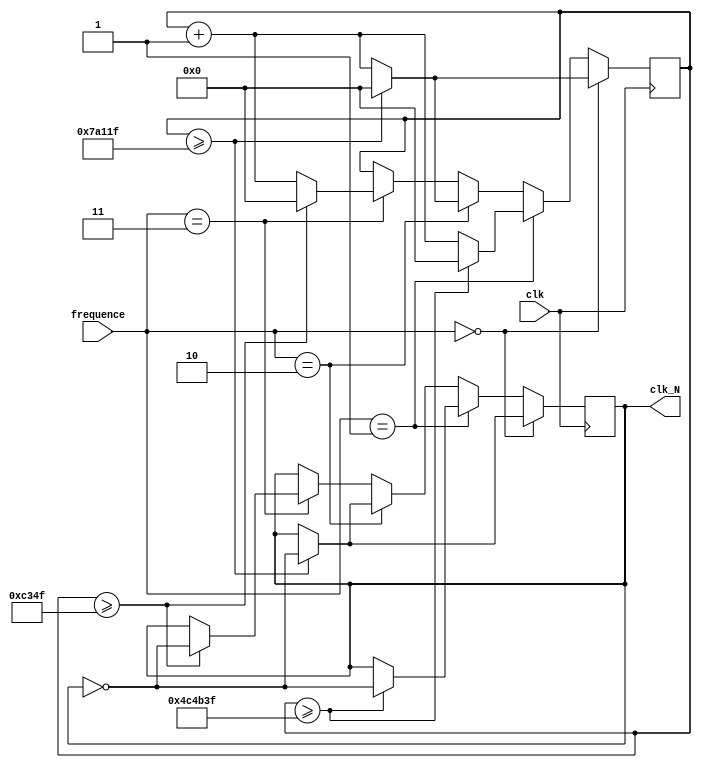
`timescale 1ns / 1ps
//////////////////////////////////////////////////////////////////////////////////
// Company: 
// Engineer: 
// 
// Design Name: 
// Module Name: Clkn
// Project Name: 
// Target Devices: 
// Tool Versions: 
// Description: 
// 
// Dependencies: 
// 
// Revision:
// Revision 0.01 - File Created
// Additional Comments:
// 
//////////////////////////////////////////////////////////////////////////////////


//////////////////////////////////////////////////////////////////////////////////
// Company: 
// Engineer: 
// 
// Design Name: 
// Module Name: divider
// Project Name: 
// Target Devices: 
// Tool Versions: 
// Description: 
// 
// Dependencies: 
// 
// Revision:
// Revision 0.01 - File Created
// Additional Comments:
// 
//////////////////////////////////////////////////////////////////////////////////


module Clkn(clk,frequence ,clk_N);
input clk;                      // 
input [1:0]frequence;
output reg clk_N;                   // 
//parameter A = 4;      // 1Hz,N=fclk/fclk_N
parameter A = 1_000_000;      // 1Hz,N=fclk/fclk_N
parameter B = 10_000_000;
parameter C = 1_000_000;
parameter D = 100_000;
reg [31:0] counter;             /* 
                                   0(N/2-1)
                                    */
initial begin
    clk_N = 0;
    counter = 0;
end
always @(posedge clk)  begin    // 
    if(frequence==0)
    begin
        if(counter >=  A/2 -1 )                       // 
        begin
            clk_N = ~clk_N;
            counter = 0;
        end
        else 
           counter = counter + 1;  
     end
     else if(frequence==1)
     begin
        if(counter >=  B/2 -1 )                       // 
             begin
                 clk_N = ~clk_N;
                 counter = 0;
             end
             else 
                counter = counter + 1;  
     end
     else if(frequence==2)
     begin
             if(counter >=  C/2 -1 )                       // 
                  begin
                      clk_N = ~clk_N;
                      counter = 0;
                  end
                  else 
                     counter = counter + 1;  
      end
      else if(frequence==3)
      begin
          if(counter >=  D/2 -1 )                       // 
          begin
             clk_N = ~clk_N;
             counter = 0;
          end
          else 
             counter = counter + 1;  
      end
end                           
endmodule